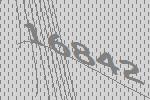
16842